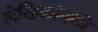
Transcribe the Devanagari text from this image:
लेखिकांमध्ये